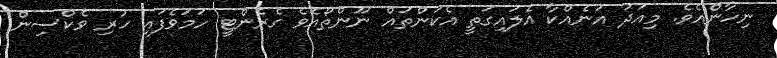
ނިހާންއެވެ. މިއަދު އަނެއްކާ އެލައިގަތީ އެކަންތައް ނޫންތޯއެވެ ގެރެންޓީ ހަމަވެފައި ހުރި ވެކްސިން